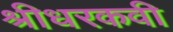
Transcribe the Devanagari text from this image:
श्रीधरकवी